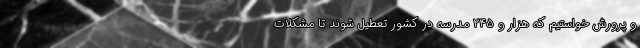
و پرورش خواستیم که هزار و ۲۴۵ مدرسه در کشور تعطیل شوند تا مشکلات